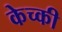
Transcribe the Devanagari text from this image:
केच्की